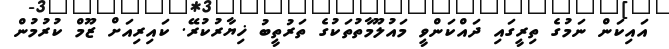
އައިކަން ނަމުގެ ތިރީގައި ދައްކަންވީ މައުލޫމާތުތަކުގެ ތަރުތީބު ޚިޔާރުކުރޭ. ކައިރިއަށް ޒޫމް ކުރުމުން